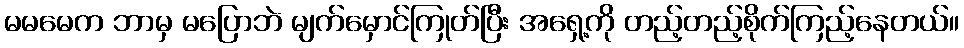
မမမေက ဘာမှ မပြောဘဲ မျက်မှောင်ကြုတ်ပြီး အရှေ့ကို တည့်တည့်စိုက်ကြည့်နေတယ်။